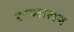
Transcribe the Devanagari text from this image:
रूग्‍णालय